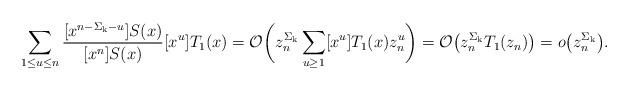
LaTeX: \begin{align*}\sum_{1\le u\le n} \frac{[x^{n-\Sigma_{\mathrm{k}} - u}]S(x)}{[x^n]S(x)}[x^u]T_1(x)=\mathcal{O}\bigg( z_n^{\Sigma_{\mathrm{k}}} \sum_{u\ge 1}[x^u]T_1(x) z_n^u\bigg)=\mathcal{O}\big( z_n^{\Sigma_{\mathrm{k}}} T_1(z_n)\big)= o\big(z_n^{\Sigma_{\mathrm{k}}} \big).\end{align*}